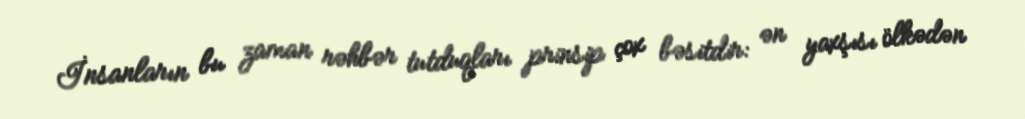
İnsanların bu zaman rəhbər tutduqları prinsip çox bəsitdir: ən yaxşısı ölkədən